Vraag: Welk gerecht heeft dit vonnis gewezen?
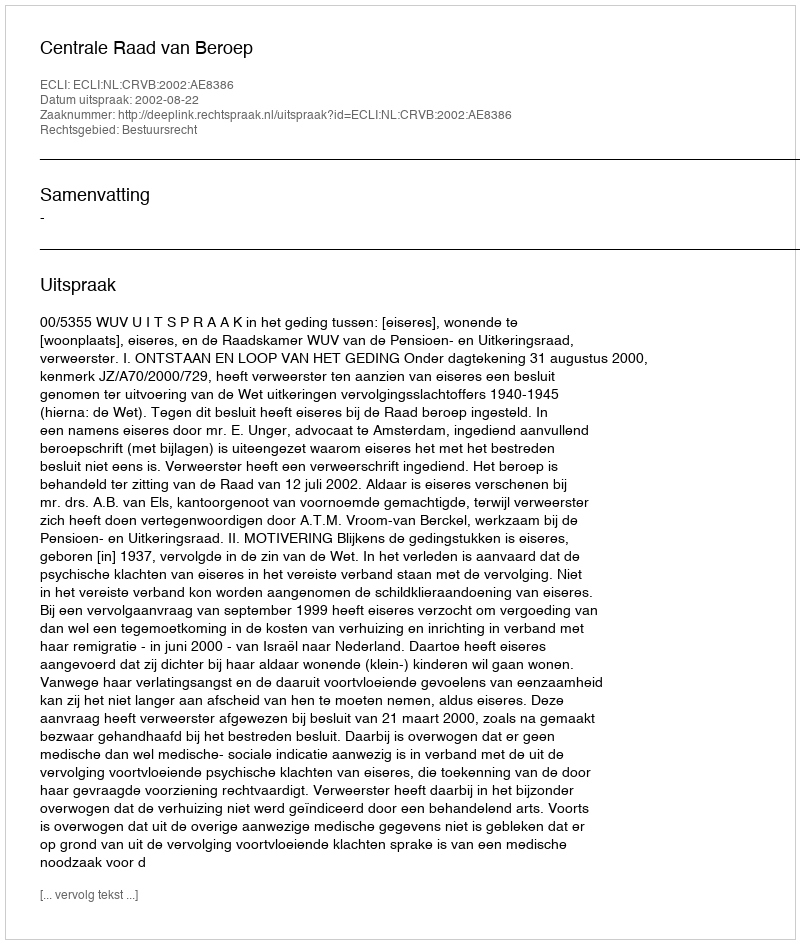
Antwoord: Centrale Raad van Beroep